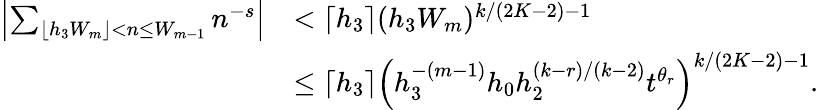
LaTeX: \begin{array}{rl}{\left|\sum_{\lfloor h_{3}W_{m}\rfloor<n\le W_{m-1}}n^{-s}\right|}&{<\lceil h_{3}\rceil(h_{3}W_{m})^{k/(2K-2)-1}}\\ &{\le\lceil h_{3}\rceil\left(h_{3}^{-(m-1)}h_{0}h_{2}^{(k-r)/(k-2)}t^{\theta_{r}}\right)^{k/(2K-2)-1}.}\end{array}